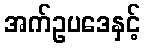
အက်ဥပဒေနှင့်